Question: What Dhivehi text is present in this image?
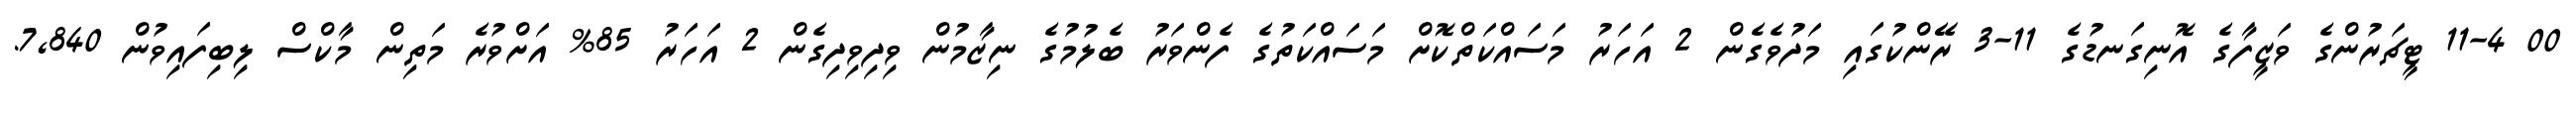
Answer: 00 11-4 ޓީޗަރުންގެ ވަޒީފާގެ އޮނިގަނޑުގެ 11-3 ރޭންކުގައި މަދުވެގެން 2 އަހަރު މަސައްކަތްކޮށް މަސައްކަތުގެ ފެންވަރު ބެލުމުގެ ނިޒާމުން ވިދިވިދިގެން 2 އަހަރު 85% އަށްވުރެ މަތިން މާކްސް ލިބިފައިވުން 7,840.